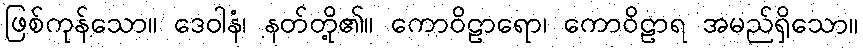
ဖြစ်ကုန်သော။ ဒေဝါနံ၊ နတ်တို့၏။ ကောဝိဠာရော၊ ကောဝိဠာရ အမည်ရှိသော။